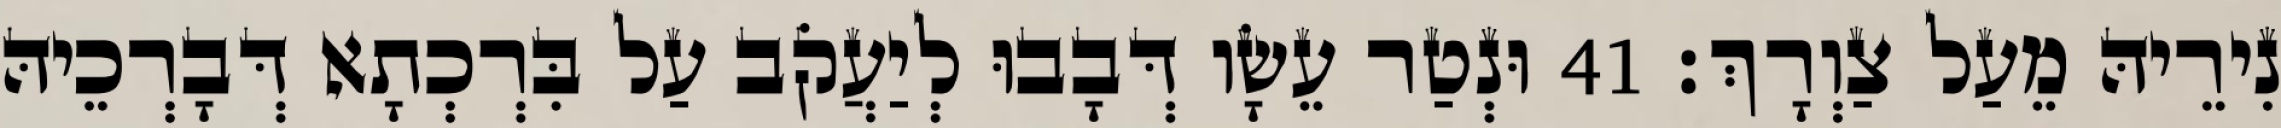
נִירֵיהּ מֵעַל צַוְרָךְ׃ 41 וּנְטַר עֵשָׂו דְּבָבוּ לְיַעֲקֹב עַל בִּרְכְתָא דְּבָרְכֵיהּ